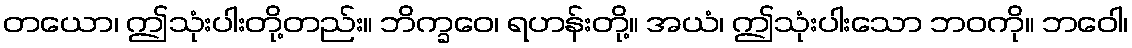
တယော၊ ဤသုံးပါးတို့တည်း။ ဘိက္ခဝေ၊ ရဟန်းတို့။ အယံ၊ ဤသုံးပါးသော ဘဝကို။ ဘဝေါ၊